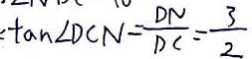
、 \tan \angle D C N = \frac { D N } { D C } = \frac { 3 } { 2 }